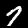
Label: 7